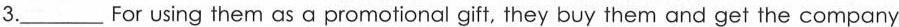
3.___For using them as a promotional gift, they buy them and get the company